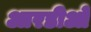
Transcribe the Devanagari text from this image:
आरडीओ